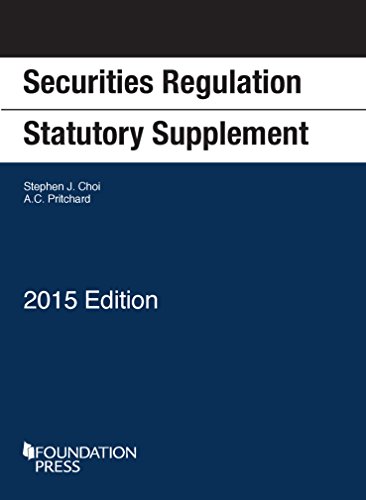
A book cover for Securities Regulation Statutory Supplement (Selected Statutes); Stephen Choi; Law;